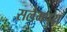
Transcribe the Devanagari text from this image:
सलैमपुरा